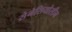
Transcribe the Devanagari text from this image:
सेनेसियोसीन